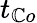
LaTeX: t_{\mathbb{C}o}